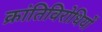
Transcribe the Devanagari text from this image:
क्रांतिविरोधियों